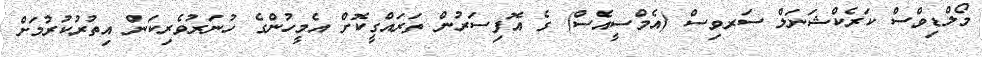
މޯލްޑިވްސް ކަރެކްޝަނަލް ސަރވިސް (އެމްސީއެސް) ގެ އޮފިސަރުން ތަރައްގީކޮށް އެމީހުންގެ ހުނަރުވެރިކަން އިތުރުކުރުމަށް